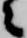
々